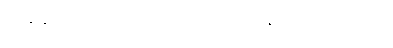
သိနေရု မေရု တိဒိဝါ၊ ဓာရော နေရု သုမေရု စ။